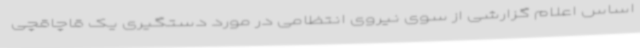
اساس اعلام گزارشی از سوی نیروی انتظامی در مورد دستگیری یک قاچاقچی